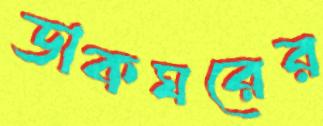
ডাকঘরের